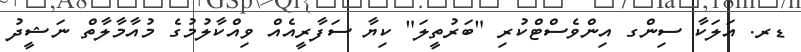
ޑރ. އަލަކާ ސިންގ އިންވެސްޓްކުރި "ބަރުތީލަ" ކިޔާ ސަފާރީއެއް ވިއްކާލުމުގެ މުއާމާލާތް ނަޝީދު